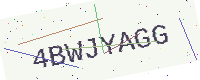
Text: 4BWJYAGG